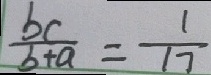
\frac { b c } { b + a } = \frac { 1 } { 1 7 }